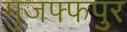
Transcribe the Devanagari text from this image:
मुजफ्फपुर